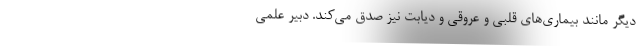
دیگر مانند بیماری‌های قلبی و عروقی و دیابت نیز صدق می‌کند. دبیر علمی